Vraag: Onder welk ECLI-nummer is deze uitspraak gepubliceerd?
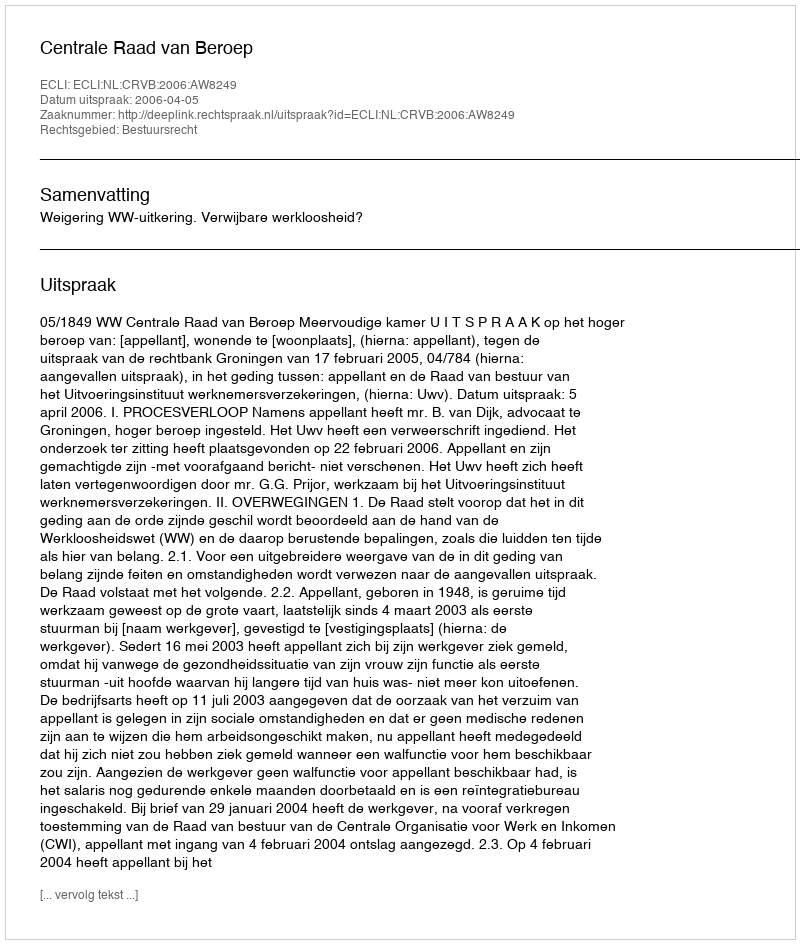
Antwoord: ECLI:NL:CRVB:2006:AW8249